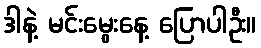
ဒါနဲ့ မင်းမွေးနေ့ ပြောပါဦး။